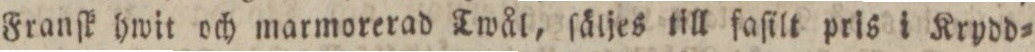
Franſk hwit och marmorerad Twål, ſäljes till faſilt pris i Krydd=